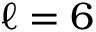
\ell = 6